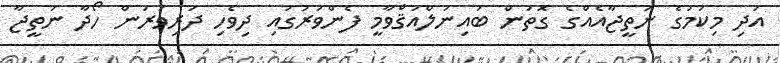
އަދި މިކަމުގެ ނަތީޖާއެއްގެ ގޮތުން ބައިނަލްއަޤްވާމީ ފެންވަރުގައި ދިވެހި ދަރިވަރުން ހޯދާ ނަތީޖާ